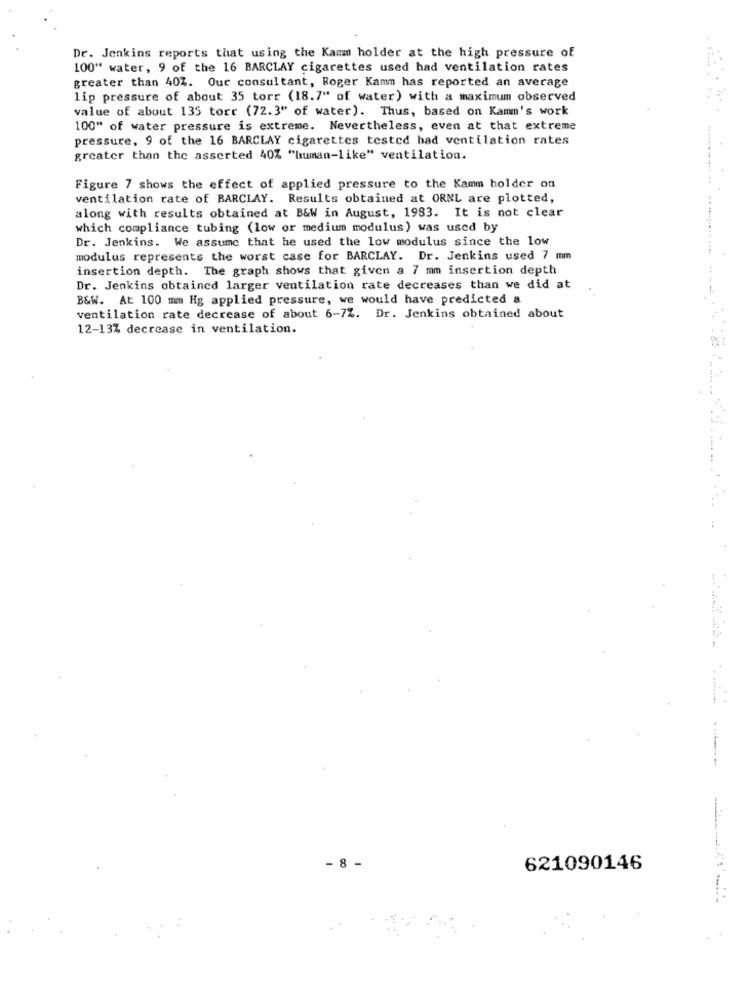
Dr. Jenkins reports that using the Kamm holder at the high pressure of
100" water, 9 of the 16 BARCLAY cigarettes used had ventilation rates
greater than 402. Our consultant, Roger Kamm has reported an average
lip pressure of about 35 torr (18.7" of water) with a maximum observed
value of about 135 torr (72.3" of water). Thus, based on Kamm's work
100" of water pressure is extreme. Nevertheless, even at that extreme
pressure, 9 of the 16 BARCLAY cigarettes tested had ventilation rates
greater than the asserted 40% "human-like" ventilation.
Figure 7 shows the effect of applied pressure to the Kamm holder on
ventilation rate of BARCLAY. Results obtained at ORML are plotted,
along with results obtained at B&W in August, 1983. It is not clear
which compliance tubing (low or medium modulus) was used by
Dr. Jenkins. We assume that he used the low modulus since the low
modulus represents the worst case for BARCLAY. Dr. Jenkins used 7 mm
insertion depth. The graph shows that given a 7 mm insertion depth
Dr. Jenkins obtained larger ventilation rate decreases than we did at
B&W. At 100 mm Hg applied pressure, we would have predicted a
ventilation rate decrease of about 6-7%. Dr. Jenkins obtained about
12-13% decrease in ventilation.
- 8 -
621090146